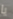
يا